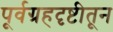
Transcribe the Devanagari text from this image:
पूर्वग्रहदृष्टीतून